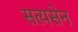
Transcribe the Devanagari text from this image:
सत्यसेन